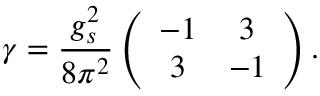
\gamma = \frac { g _ { s } ^ { 2 } } { 8 \pi ^ { 2 } } \left( \begin{array} { c c } { { - 1 } } & { { 3 } } \\ { { 3 } } & { { - 1 } } \end{array} \right) .